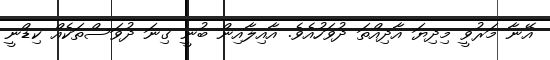
އޭނާ މަރުވީ މިދިޔަ އާދިއްތަ ދުވަހުއެވެ. އާއިލާއިން ބުނީ ގިނަ ދުވަސްތަކެއް ކިޑްނީ